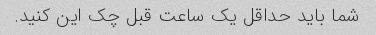
شما باید حداقل یک ساعت قبل چک این کنید.